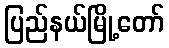
ပြည်နယ်မြို့တော်